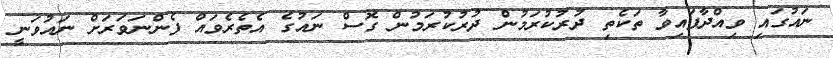
ނައުގައި ވިއްދާފައިވާ ތަކެތި ދުރުކުރަމުން ދުރުކުރަމުން ގޮސް ނައުގެ އެތެރެވައް ފެންނަވަރަށް ނައުވަނީ